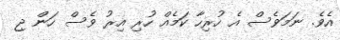
އެވެ. ނަމަވެސް އެ ހުރިހާ ކަމެއް ހުރި އިރު ވެސް ހަން ޖި